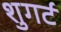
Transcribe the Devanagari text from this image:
शुगर्ट